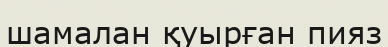
шамалан қуырған пияз